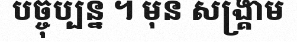
បច្ចុប្បន្ន ។ មុន សង្គ្រាម